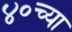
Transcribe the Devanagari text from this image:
४०च्या